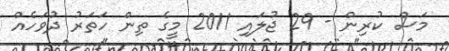
މަސް ކުރިން - 29 ޖުލައި 2011 މީގެ ތިން ހަތަރު ދުވަހެއް